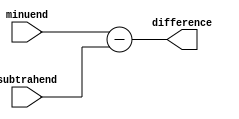
module structural_subtractor(
    input [7:0] minuend,
    input [7:0] subtrahend,
    output [7:0] difference
);

assign difference = minuend - subtrahend;

endmodule